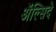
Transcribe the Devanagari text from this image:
अॅल्सिदे